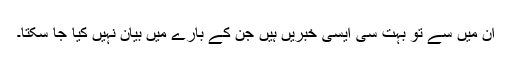
ان میں سے تو بہت سی ایسی خبریں ہیں جن کے بارے میں بیان نہیں کیا جا سکتا۔